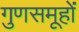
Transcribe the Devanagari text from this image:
गुणसमूहों